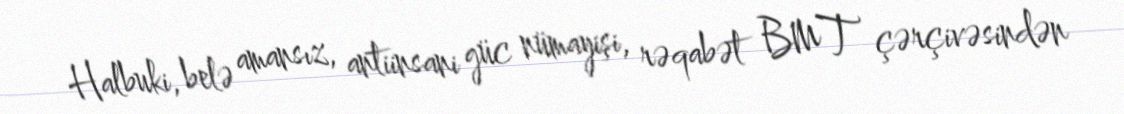
Halbuki, belə amansız, antiinsani güc nümayişi, rəqabət BMT çərçivəsindən